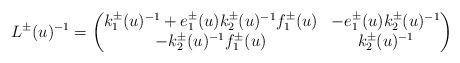
LaTeX: \begin{align*}L^{\pm}(u)^{-1}=\begin{pmatrix}k_{1}^{\pm}(u)^{-1}+e_{1}^{\pm}(u)k_{2}^{\pm}(u)^{-1}f_{1}^{\pm}(u)&-e_{1}^{\pm}(u)k_{2}^{\pm}(u)^{-1}\\-k_{2}^{\pm}(u)^{-1}f_{1}^{\pm}(u)&k_{2}^{\pm}(u)^{-1}\end{pmatrix}\end{align*}